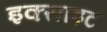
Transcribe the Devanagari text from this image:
इक्साइट